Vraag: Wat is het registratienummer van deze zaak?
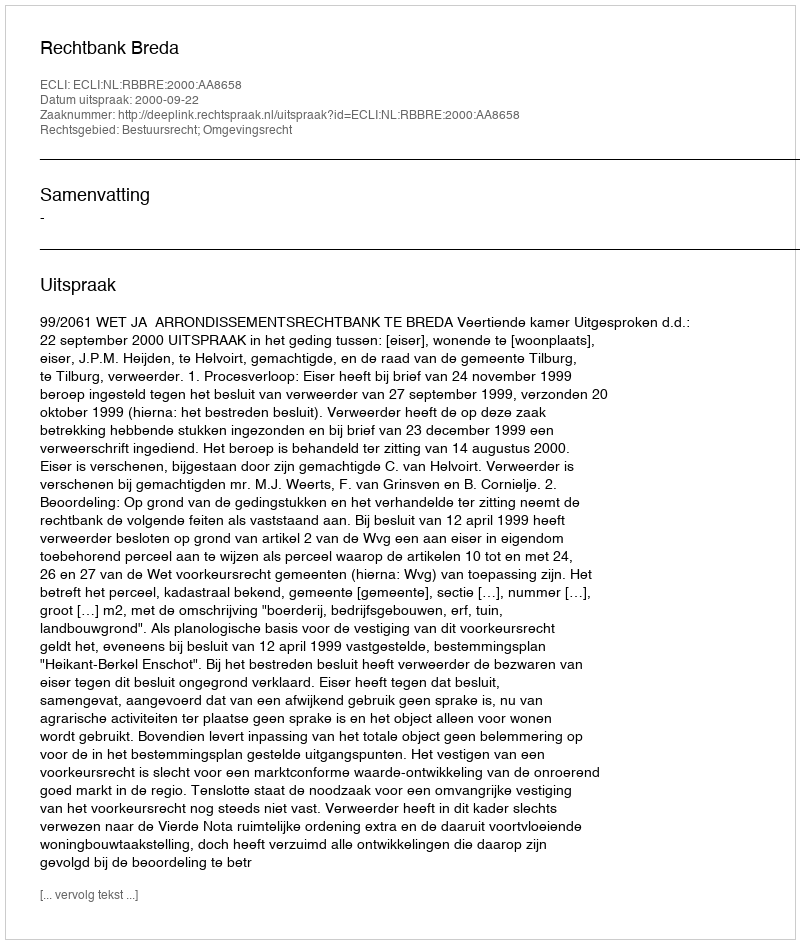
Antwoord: http://deeplink.rechtspraak.nl/uitspraak?id=ECLI:NL:RBBRE:2000:AA8658